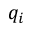
q _ { i }